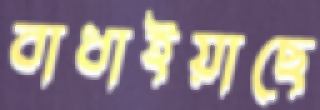
বাধাইয়াছে